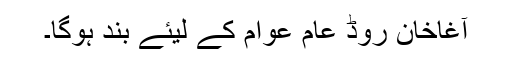
آغاخان روڈ عام عوام کے لیئے بند ہوگا۔